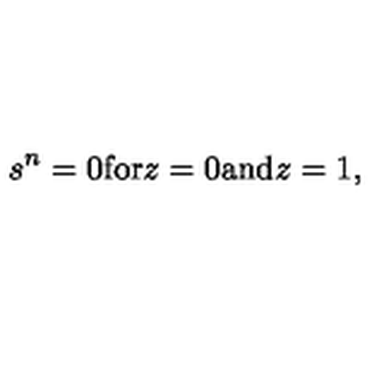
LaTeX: s ^ { n } = 0 \mathrm { f o r } z = 0 \mathrm { a n d } z = 1 ,